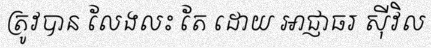
ត្រូវបាន លែងលះ តែ ដោយ អាជ្ញាធរ ស៊ីវិល